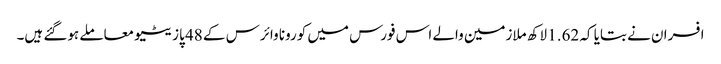
افسران نے بتایا کہ 1.62 لاکھ ملازمین والے اس فورس میں کورونا وائرس کے 48 پازیٹیو معاملے ہوگئے ہیں۔